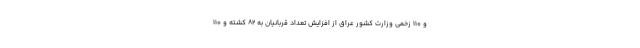
و ۱۱۰ زخمی وزارت کشور عراق از افزایش تعداد قربانیان به ۸۲ کشته و ۱۱۰